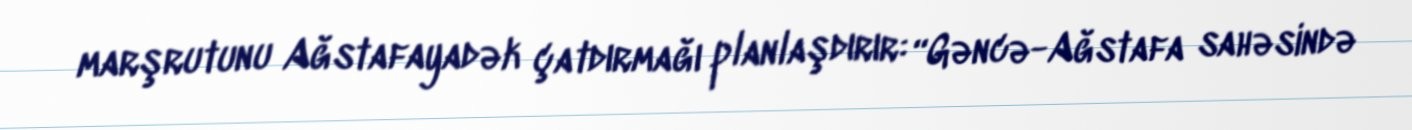
marşrutunu Ağstafayadək çatdırmağı planlaşdırır: “Gəncə-Ağstafa sahəsində